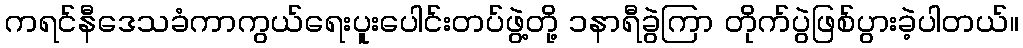
ကရင်နီဒေသခံကာကွယ်ရေးပူးပေါင်းတပ်ဖွဲ့တို့ ၁နာရီခွဲကြာ တိုက်ပွဲဖြစ်ပွားခဲ့ပါတယ်။